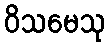
ဝိသမေသု